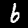
Label: 6